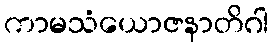
ကာမသံယောဇနာတိဂါ